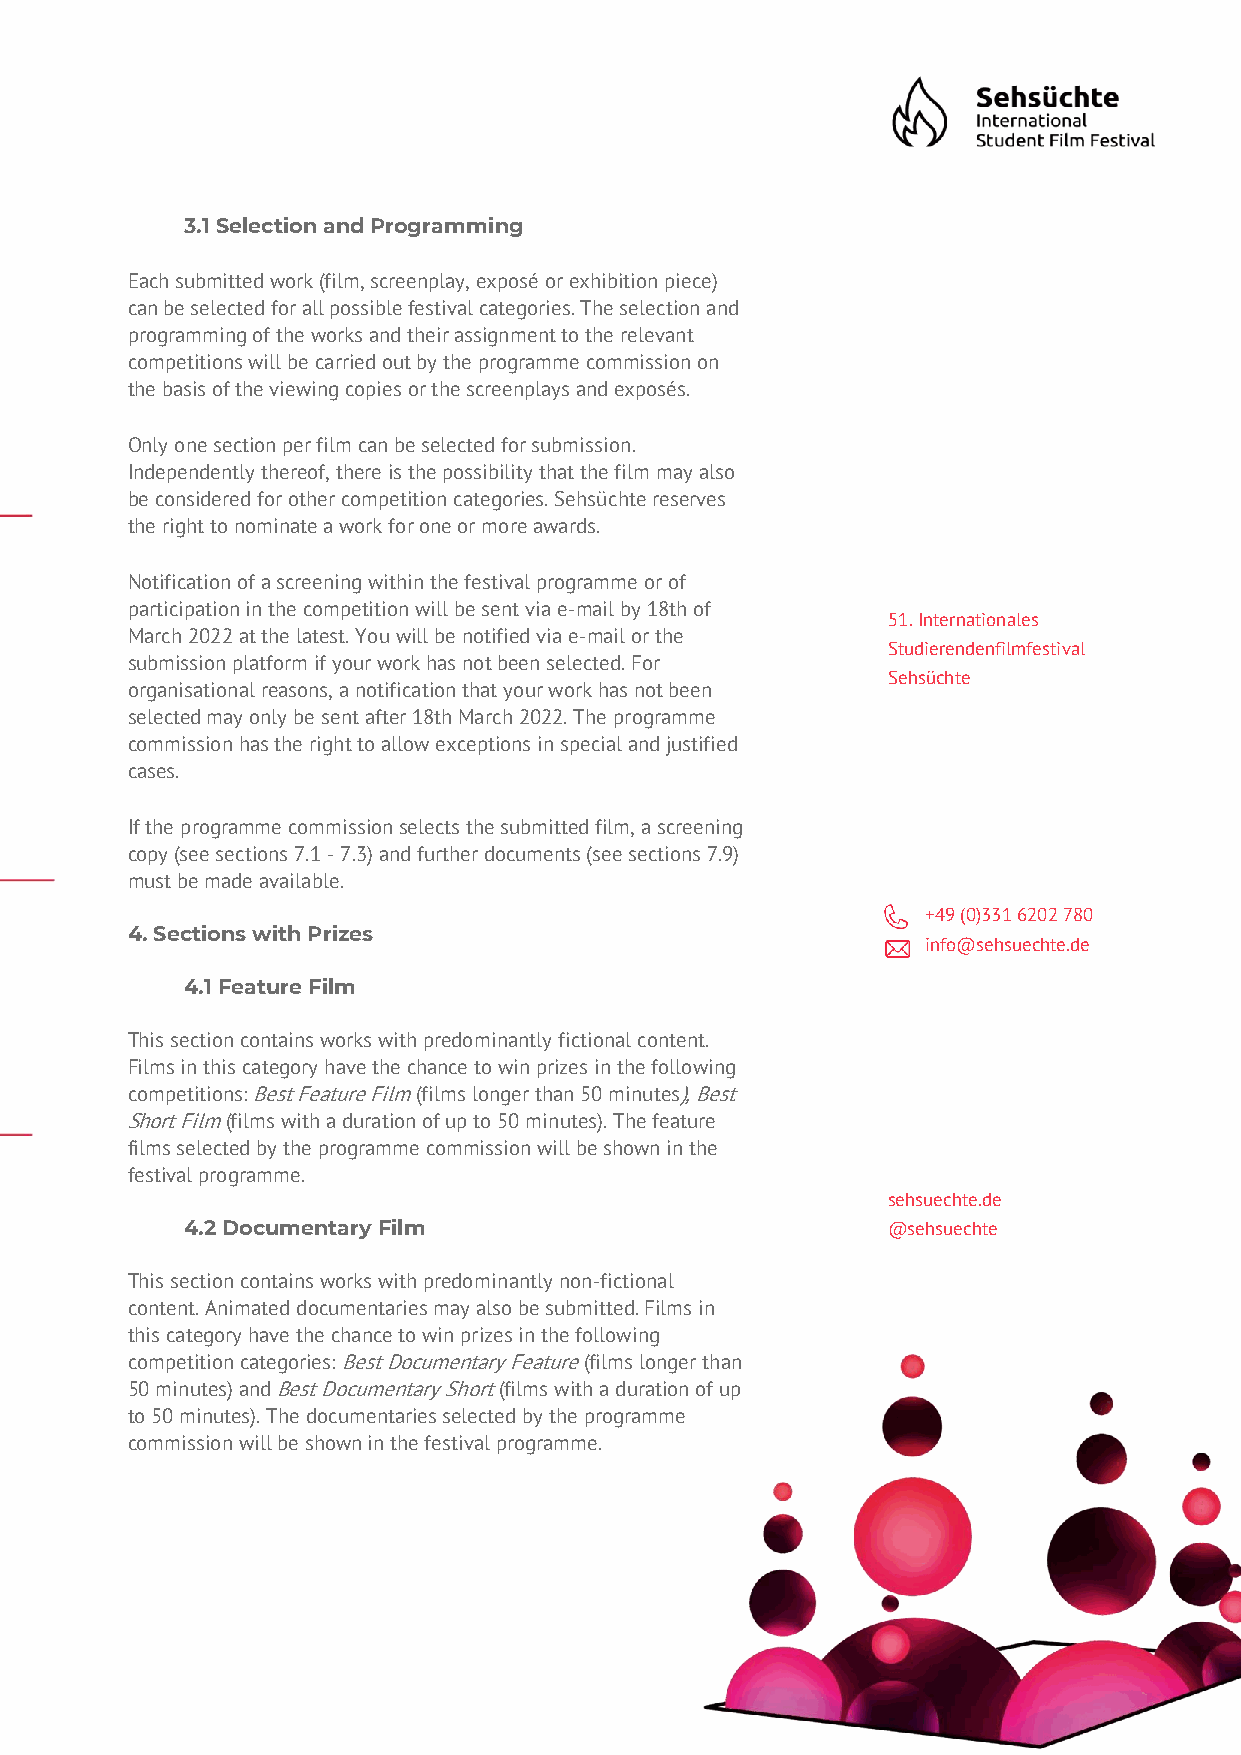
3.1 Selection and Programming
 Each submitted work (film, screenplay, exposé or exhibition piece)
 can be selected for all possible festival categories. The selection and
 programming of the works and their assignment to the relevant
 competitions will be carried out by the programme commission on
 the basis of the viewing copies or the screenplays and exposés.
 Only one section per film can be selected for submission.
 Independently thereof, there is the possibility that the film may also
 be considered for other competition categories. Sehsüchte reserves
 the right to nominate a work for one or more awards.
 Notification of a screening within the festival programme or of
 participation in the competition will be sent via e-mail by 18th of
 51. Internationales
 March 2022 at the latest. You will be notified via e-mail or the
 Studierendenfilmfestival
 submission platform if your work has not been selected. For
 Sehsüchte
 organisational reasons, a notification that your work has not been
 selected may only be sent after 18th March 2022. The programme
 commission has the right to allow exceptions in special and justified
 cases.
 If the programme commission selects the submitted film, a screening
 copy (see sections 7.1 - 7.3) and further documents (see sections 7.9)
 must be made available.
 +49 (0)331 6202 780
 4. Sections with Prizes
 info@sehsuechte.de
 4.1 Feature Film
 This section contains works with predominantly fictional content.
 Films in this category have the chance to win prizes in the following
 competitions: Best Feature Film (films longer than 50 minutes), Best
 Short Film (films with a duration of up to 50 minutes). The feature
 films selected by the programme commission will be shown in the
 festival programme.
 sehsuechte.de
 4.2 Documentary Film                           @sehsuechte
 This section contains works with predominantly non-fictional
 content. Animated documentaries may also be submitted. Films in
 this category have the chance to win prizes in the following
 competition categories: Best Documentary Feature (films longer than
 50 minutes) and Best Documentary Short (films with a duration of up
 to 50 minutes). The documentaries selected by the programme
 commission will be shown in the festival programme.